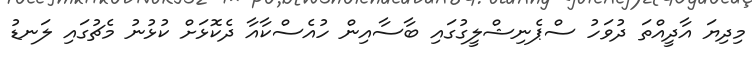
މިދިޔަ އާދީއްތަ ދުވަހު ސްޕެނިޝްލީގުގައި ބާސާއިން ހުއެސްކާއާ ދެކޮޅަށް ކުޅުނު މެޗުގައި ލަނޑު